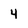
Character: 4